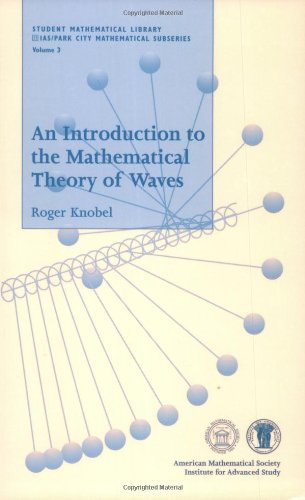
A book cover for An Introduction to the Mathematical Theory of Waves (Student Mathematical Library, V. 3); Roger Knobel; Science & Math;